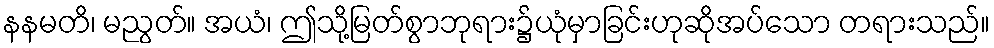
နနမတိ၊ မညွတ်။ အယံ၊ ဤသို့မြတ်စွာဘုရား၌ယုံမှာခြင်းဟုဆိုအပ်သော တရားသည်။